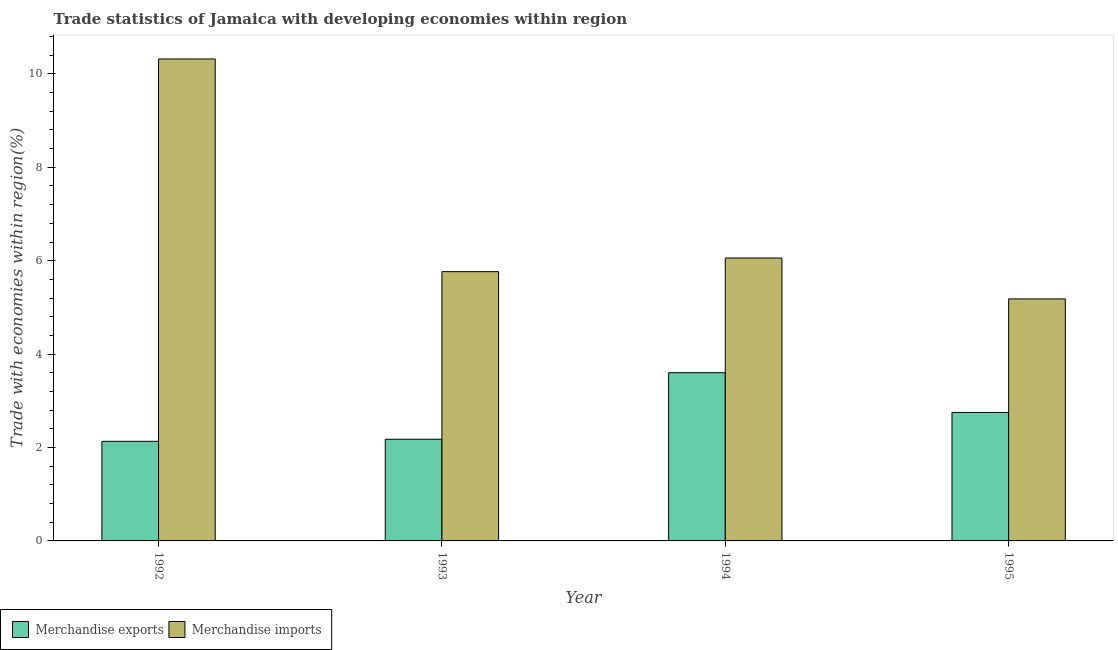
| Year | Merchandise exports | Merchandise imports |
 | --- | --- | --- |
 | 1992 | 2.13 | 10.3 |
 | 1993 | 2.18 | 5.77 |
 | 1994 | 3.6 | 6.06 |
 | 1995 | 2.75 | 5.18 |